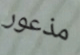
مذعور